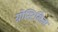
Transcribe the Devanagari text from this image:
ग्नोस्टिसिज्म